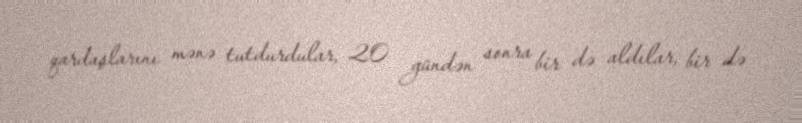
qardaşlarını mənə tutdurdular, 20 gündən sonra bir də aldılar, bir də